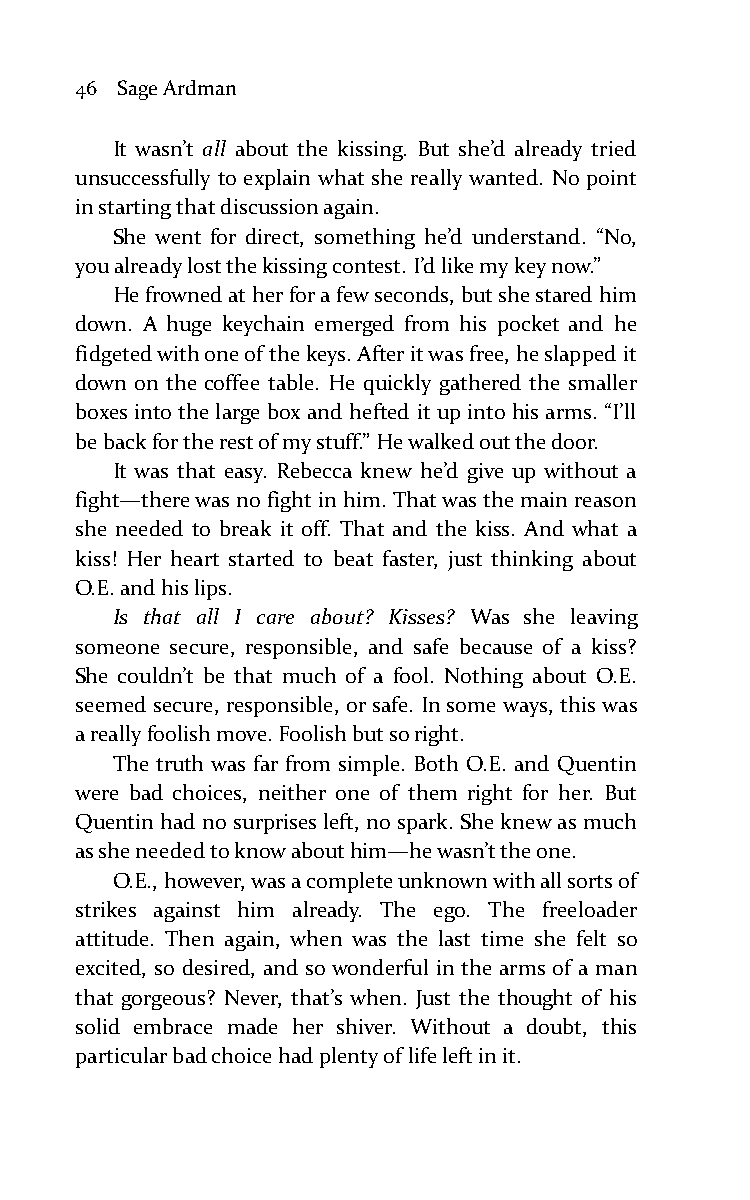
46 Sage Ardman
 It wasn’t all about the kissing. But she’d already tried
 unsuccessfully to explain what she really wanted. No point
 in starting that discussion again.
 She went for direct, something he’d understand. “No,
 you already lost the kissing contest. I’d like my key now.”
 He frowned at her for a few seconds, but she stared him
 down. A huge keychain emerged from his pocket and he
 fidgeted with one of the keys. After it was free, he slapped it
 down on the coffee table. He quickly gathered the smaller
 boxes into the large box and hefted it up into his arms. “I’ll
 be back for the rest of my stuff.” He walked out the door.
 It was that easy. Rebecca knew he’d give up without a
 fight—there was no fight in him. That was the main reason
 she needed to break it off. That and the kiss. And what a
 kiss! Her heart started to beat faster, just thinking about
 O.E. and his lips.
 Is that all I care about? Kisses? Was she leaving
 someone secure, responsible, and safe because of a kiss?
 She couldn’t be that much of a fool. Nothing about O.E.
 seemed secure, responsible, or safe. In some ways, this was
 a really foolish move. Foolish but so right.
 The truth was far from simple. Both O.E. and Quentin
 were bad choices, neither one of them right for her. But
 Quentin had no surprises left, no spark. She knew as much
 as she needed to know about him—he wasn’t the one.
 O.E., however, was a complete unknown with all sorts of
 strikes against him already. The ego. The freeloader
 attitude. Then again, when was the last time she felt so
 excited, so desired, and so wonderful in the arms of a man
 that gorgeous? Never, that’s when. Just the thought of his
 solid embrace made her shiver. Without a doubt, this
 particular bad choice had plenty of life left in it.